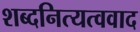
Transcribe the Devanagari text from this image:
शब्दनित्यत्ववाद